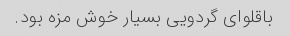
باقلوای گردویی بسیار خوش مزه بود.